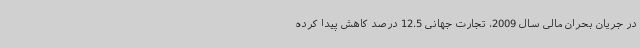
در جریان بحران مالی سال 2009، تجارت جهانی 12.5 درصد کاهش پیدا کرده